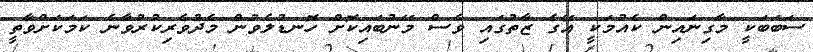
ސަބަބަކީ މާގިނައިން ކެއުމަކީ އޭގެ ޒާތުގައި ވެސް މޭނުބައިކޮށް ހޮނޑުލެވުން މެދުވެރިކުރުވާނެ ކަމަކަށްވާތީ